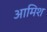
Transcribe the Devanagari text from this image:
आमिश